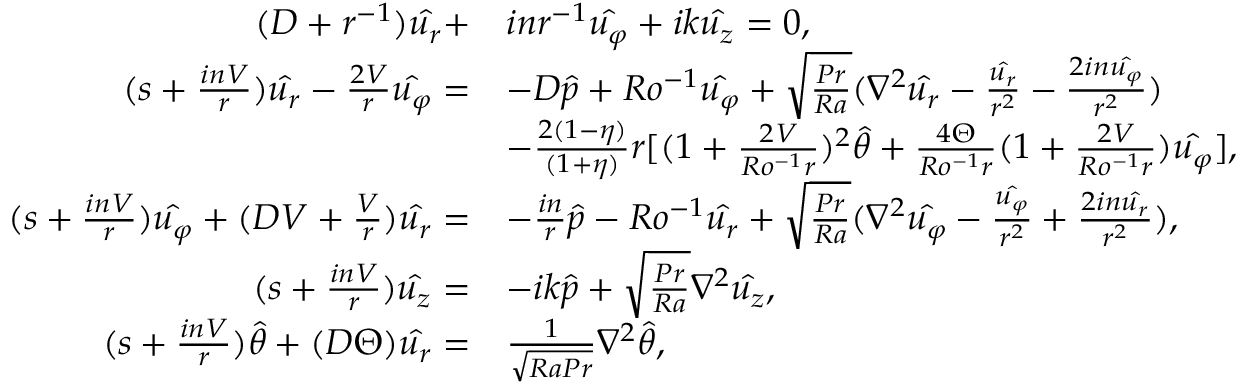
\begin{array} { r l } { ( D + r ^ { - 1 } ) \hat { u _ { r } } + } & { i n r ^ { - 1 } \hat { u _ { \varphi } } + i k \hat { u _ { z } } = 0 , } \\ { ( s + \frac { i n V } { r } ) \hat { u _ { r } } - \frac { 2 V } { r } \hat { u _ { \varphi } } = } & { - D \hat { p } + R o ^ { - 1 } \hat { u _ { \varphi } } + \sqrt { \frac { P r } { R a } } ( \nabla ^ { 2 } \hat { u _ { r } } - \frac { \hat { u _ { r } } } { r ^ { 2 } } - \frac { 2 i n \hat { u _ { \varphi } } } { r ^ { 2 } } ) } \\ & { - \frac { 2 ( 1 - \eta ) } { ( 1 + \eta ) } r [ ( 1 + \frac { 2 V } { R o ^ { - 1 } r } ) ^ { 2 } \hat { \theta } + \frac { 4 \Theta } { R o ^ { - 1 } r } ( 1 + \frac { 2 V } { R o ^ { - 1 } r } ) \hat { u _ { \varphi } } ] , } \\ { ( s + \frac { i n V } { r } ) \hat { u _ { \varphi } } + ( D V + \frac { V } { r } ) \hat { u _ { r } } = } & { - \frac { i n } { r } \hat { p } - R o ^ { - 1 } \hat { u _ { r } } + \sqrt { \frac { P r } { R a } } ( \nabla ^ { 2 } \hat { u _ { \varphi } } - \frac { \hat { u _ { \varphi } } } { r ^ { 2 } } + \frac { 2 i n \hat { u _ { r } } } { r ^ { 2 } } ) , } \\ { ( s + \frac { i n V } { r } ) \hat { u _ { z } } = } & { - i k \hat { p } + \sqrt { \frac { P r } { R a } } \nabla ^ { 2 } \hat { u _ { z } } , } \\ { ( s + \frac { i n V } { r } ) \hat { \theta } + ( D \Theta ) \hat { u _ { r } } = } & { \frac { 1 } { \sqrt { R a P r } } \nabla ^ { 2 } \hat { \theta } , } \end{array}